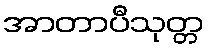
အာတာပီသုတ္တ